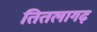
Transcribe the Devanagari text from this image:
तितलागढ़